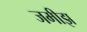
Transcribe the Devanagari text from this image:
जमीझ